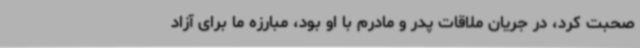
صحبت کرد، در جریان ملاقات پدر و مادرم با او بود، مبارزه ما برای آزاد